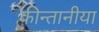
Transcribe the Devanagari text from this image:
कीन्तानीया